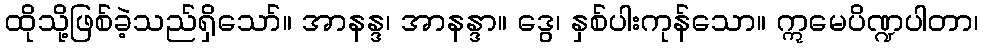
ထိုသို့ဖြစ်ခဲ့သည်ရှိသော်။ အာနန္ဒ၊ အာနန္ဒာ။ ဒွေ၊ နှစ်ပါးကုန်သော။ ဣမေပိဏ္ဍပါတာ၊